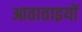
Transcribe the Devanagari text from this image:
आताताइयों